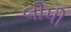
લીપી